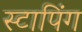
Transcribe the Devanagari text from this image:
स्टापिंग